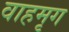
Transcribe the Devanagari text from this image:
वाहमृग